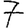
Digit: 7